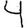
Digit: 4